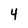
Character: 4